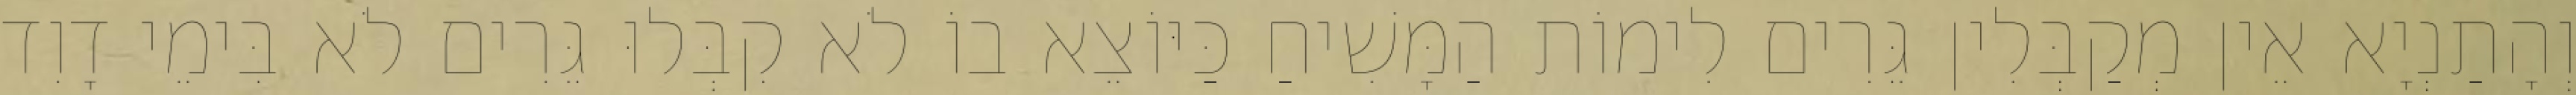
וְהָתַנְיָא אֵין מְקַבְּלִין גֵּרִים לִימוֹת הַמָּשִׁיחַ כַּיּוֹצֵא בוֹ לֹא קִבְּלוּ גֵּרִים לֹא בִּימֵי דָוִד